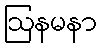
ဩနမနာ